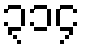
၃၁၄